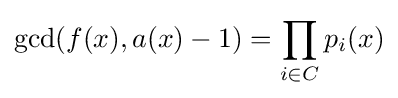
\gcd(f(x),a(x)-1)=\prod _{i\in C}p_{i}(x)